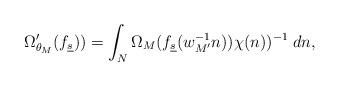
LaTeX: \begin{align*} \Omega'_{\theta_M}(f_{\underline s})) &=\int_{N}\Omega_M (f_{\underline s}( w_{M'}^{-1}n))\chi(n))^{-1}\; dn,\\\end{align*}